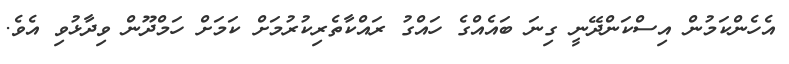
އެހެންކަމުން އިސްކަންދޭނީ ގިނަ ބައެއްގެ ހައްގު ރައްކާތެރިކުރުމަށް ކަމަށް ހަމްދޫން ވިދާޅުވި އެވެ.